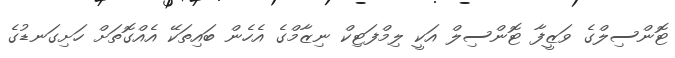
ޓޮންސިލްގެ ވަޒީފާ ޓޮންސިލް އަކީ ލިމްފަޓިކް ނިޒާމްގެ އެހެން ބައިތަކޭ އެއްގޮތަށް ހަށިގަނޑުގެ